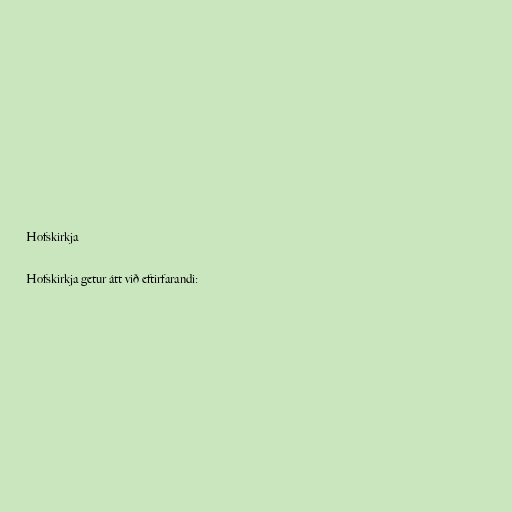
Hofskirkja

Hofskirkja getur átt við eftirfarandi: